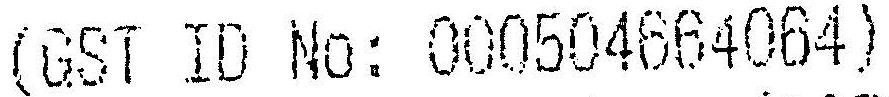
(GST ID NO: 000504664064)